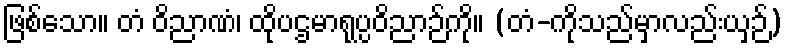
ဖြစ်သော။ တံ ဝိညာဏံ၊ ထိုပဌမာရုပ္ပဝိညာဉ်ကို။ (တံ-ကိုသည်မှာလည်းယှဉ်)